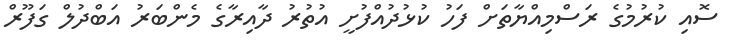
ސޮއި ކުރުމުގެ ރަސްމިއްޔާތަށް ފަހު ކުޅުދުއްފުށީ އުތުރު ދާއިރާގެ މެންބަރު އަބްދުލް ގަފޫރް